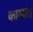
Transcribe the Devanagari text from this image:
काम्या।